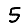
Digit: 5